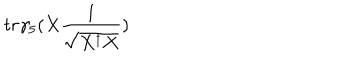
LaTeX: t r \gamma _ { 5 } ( X \frac { 1 } { \sqrt { X ^ { \dagger } X } } )